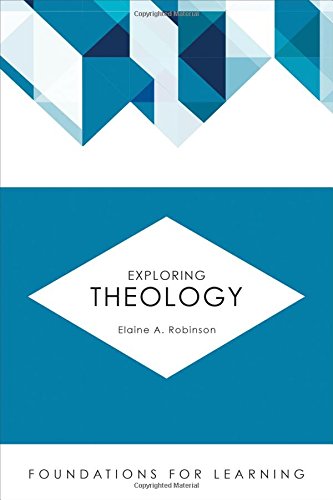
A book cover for Exploring Theology (Foundations for Learning); Elaine A. Robinson; Christian Books & Bibles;